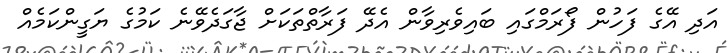
އަދި އޭގެ ފަހުން ފޯރަމްގައި ބައިވެރިވާން އެދޭ ފަރާތްތަކަށް ޖާގަދެވޭނެ ކަމުގެ ޔަގީންކަމެއް